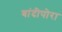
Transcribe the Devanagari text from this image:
बांदीपोरा